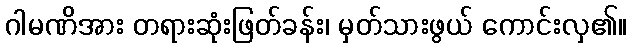
ဂါမဏိအား တရားဆုံးဖြတ်ခန်း၊ မှတ်သားဖွယ် ကောင်းလှ၏။